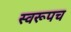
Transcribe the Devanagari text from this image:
स्वरूपच